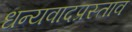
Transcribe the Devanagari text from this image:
धन्यवादप्रस्ताव